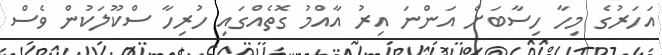
އަހަރުގެ މިހާ ހިސާބަށް އަންނަ އިރު އާއްމު ގޮތެއްގައި ހުރިހާ ސްކޫލަކުން ވެސް